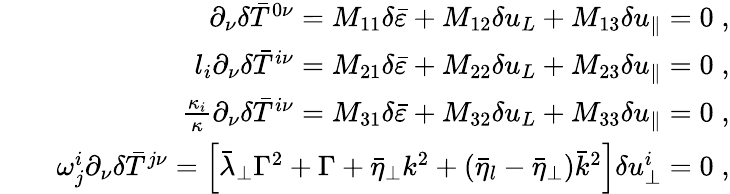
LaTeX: \begin{array}{rlr}&{}&{\partial_{\nu}\delta\bar{T}^{0\nu}=M_{11}\delta\bar{\varepsilon}+M_{12}\delta u_{L}+M_{13}\delta u_{\parallel}=0\; ,}\\ &{}&{l_{i}\partial_{\nu}\delta\bar{T}^{i\nu}=M_{21}\delta\bar{\varepsilon}+M_{22}\delta u_{L}+M_{23}\delta u_{\parallel}=0\; ,}\\ &{}&{\frac{\kappa_{i}}{\kappa}\partial_{\nu}\delta\bar{T}^{i\nu}=M_{31}\delta\bar{\varepsilon}+M_{32}\delta u_{L}+M_{33}\delta u_{\parallel}=0\; ,}\\ &{}&{\omega_{j}^{i}\partial_{\nu}\delta\bar{T}^{j\nu}=\left[\bar{\lambda}_{\perp}\Gamma^{2}+\Gamma+\bar{\eta}_{\perp}k^{2}+(\bar{\eta}_{l}-\bar{\eta}_{\perp})\bar{k}^{2}\right]\delta u_{\perp}^{i}=0\; ,}\end{array}